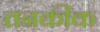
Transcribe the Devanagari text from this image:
तनकीक